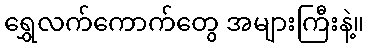
ရွှေလက်ကောက်တွေ အများကြီးနဲ့။